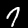
Digit: 7